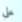
على